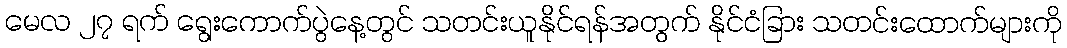
မေလ ၂၇ ရက် ရွေးကောက်ပွဲနေ့တွင် သတင်းယူနိုင်ရန်အတွက် နိုင်ငံခြား သတင်းထောက်များကို